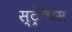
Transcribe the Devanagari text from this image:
स्ट्रेचिस